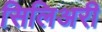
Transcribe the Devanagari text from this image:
सिलिअरी